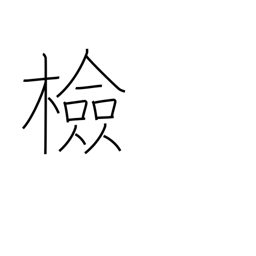
Meaning: check